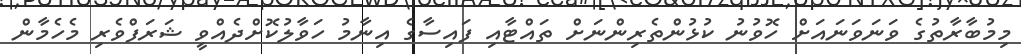
މިމުބާރާތުގެ ވަނަވަނައަށް ހޮވުނު ކުޅުންތެރިންނަށް ތައްޓާއި ފައިސާގެ އިނާމު ހަވާލުކޮށްދެއްވީ ޝަރަފްވެރި މެހެމާން